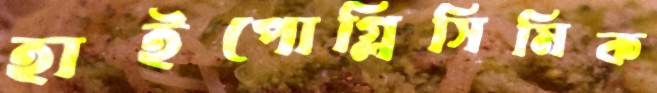
হাইপোগ্লিসিমিক